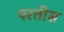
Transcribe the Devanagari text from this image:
परतीस